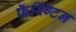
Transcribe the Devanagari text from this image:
फॅरिंग्टन